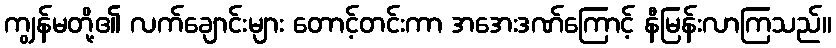
ကျွန်မတို့၏ လက်ချောင်းများ တောင့်တင်းကာ အအေးဒဏ်ကြောင့် နီမြန်းလာကြသည်။